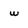
Character: w